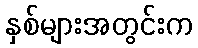
နှစ်များအတွင်းက